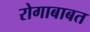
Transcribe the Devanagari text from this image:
रोगाबाबत